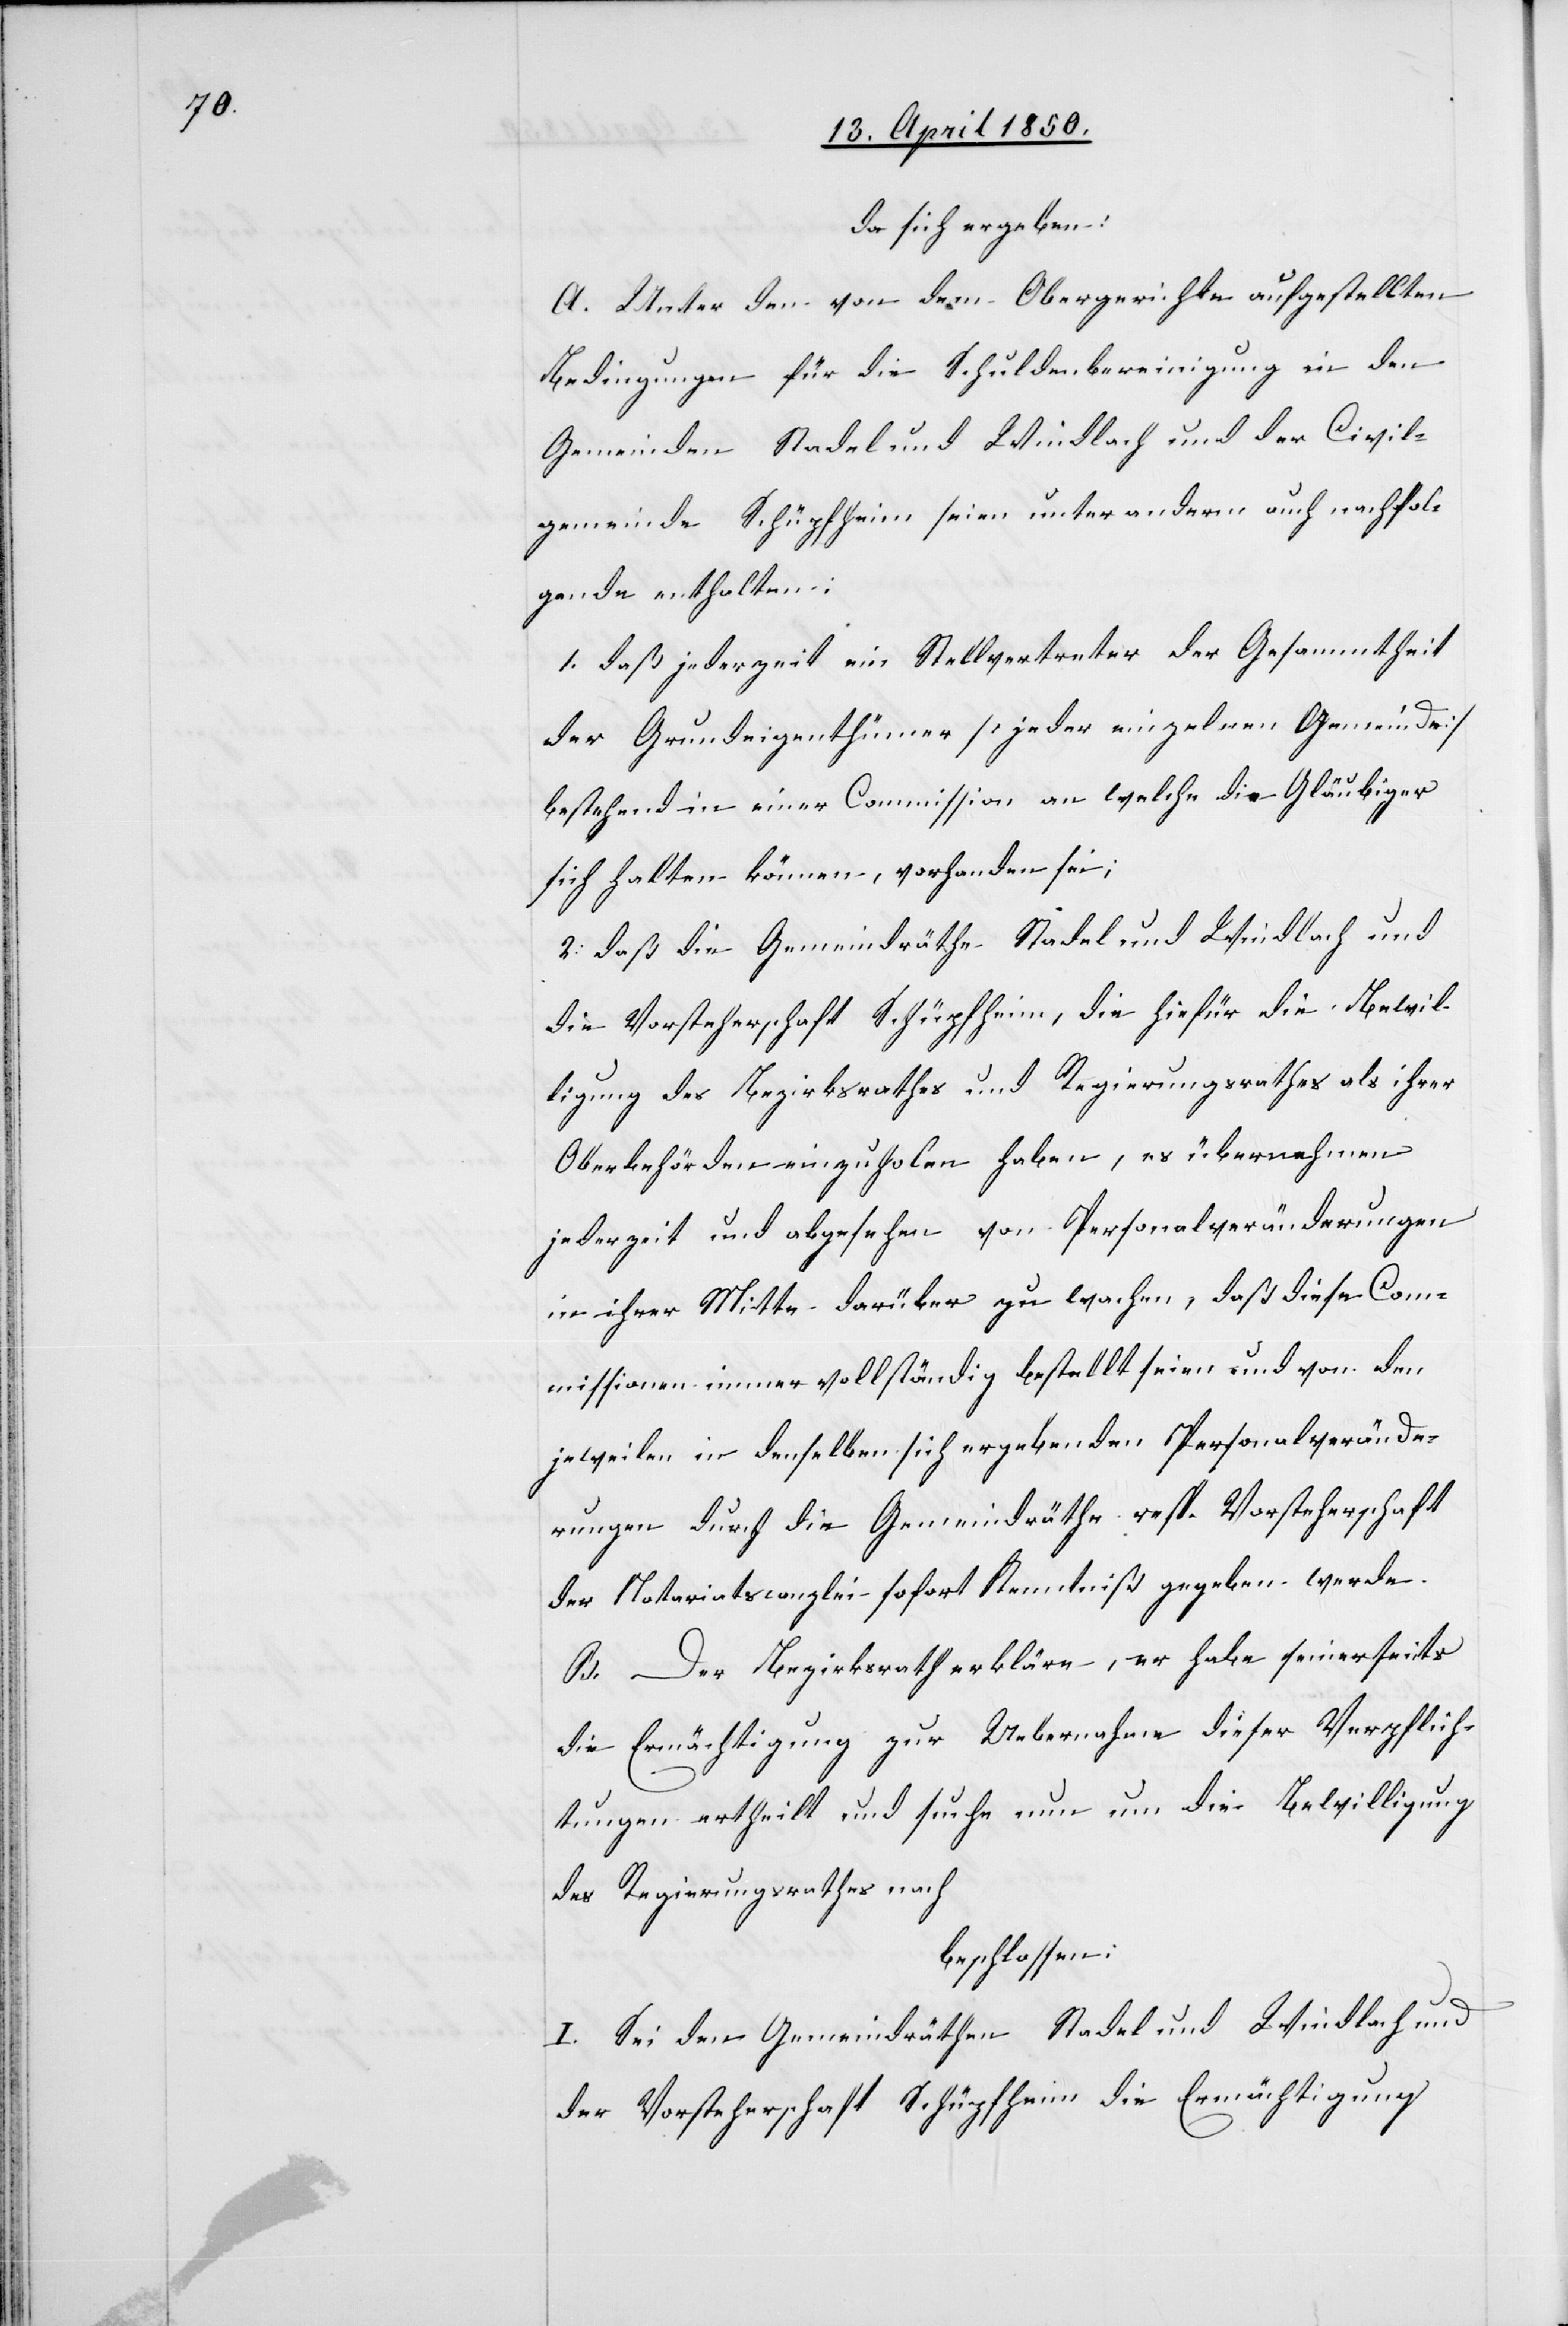
da sich ergeben:
A. Unter den von dem Obergerichte aufgestellten
Bedingungen für die Schuldenbereinigung in den
Gemeinden Stadel und Windlach und der Civil¬
gemeinde Schüpfheim seien unter anderm auch nachfol¬
gende enthalten:
1. daß jederzeit ein Stellvertreter der Gesammtheit
der Grundeigenthümer [jeder einzelnen Gemeinde]
bestehend in einer Commission an welche die Gläubiger
sich halten können, vorhanden sei;
2. daß die Gemeindräthe Stadel und Windlach und
die Vorsteherschaft Schüpfheim, die hiefür die Bewil¬
ligung des Bezirksrathes und Regierungsrathes als ihrer
Oberbehörden einzuholen haben, es übernehmen
jederzeit und abgesehen von Personalveränderungen
in ihrer Mitte darüber zu wachen, daß diese Com¬
missionen immer vollständig bestellt seien und von den
jeweilen in denselben sich ergebenden Personalverände¬
rungen durch die Gemeindräthe resp. Vorsteherschaft
der Notariatscanzlei sofort Kenntniß gegeben werde.
B. Der Bezirksrath erkläre, er habe seinerseits
die Ermächtigung zur Uebernahme dieser Verpflich¬
tungen ertheilt und suche nun um die Bewilligung
des Regierungsrathes nach
beschlossen:
I. Sei den Gemeindräthen Stadel und Windlach und
der Vorsteherschaft Schüpfheim die Ermächtigung